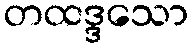
တထဒ္ဒသော